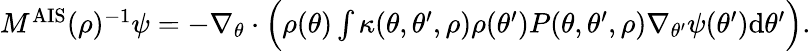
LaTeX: \begin{array}{r}{M^{\mathrm{AIS}}(\rho)^{-1}\psi=-\nabla_{\theta}\cdot\Bigl(\rho(\theta)\int\kappa(\theta,\theta^{\prime},\rho)\rho(\theta^{\prime})P(\theta,\theta^{\prime},\rho)\nabla_{\theta^{\prime}}\psi(\theta^{\prime})\mathrm{d}\theta^{\prime}\Bigr).}\end{array}